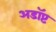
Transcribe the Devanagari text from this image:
अडॉप्ट